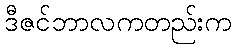
ဒီဇင်ဘာလကတည်းက